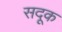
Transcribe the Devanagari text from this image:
सदूक